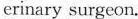
erinary surgeon.